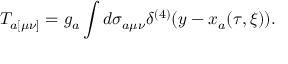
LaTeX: T _ { a [ \mu \nu ] } = g _ { a } \int d \sigma _ { a \mu \nu } \delta ^ { ( 4 ) } ( y - x _ { a } ( \tau , \xi ) ) .